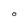
Character: O